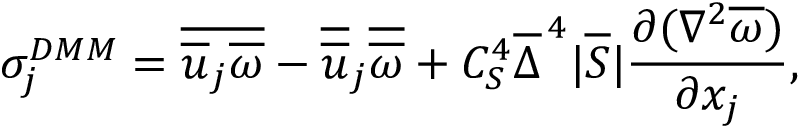
\sigma _ { j } ^ { D M M } = \overline { { \overline { { u } } _ { j } \overline { { \omega } } } } - \overline { { \overline { { u } } } } _ { j } \overline { { \overline { { \omega } } } } + C _ { S } ^ { 4 } \overline { { \Delta } } ^ { \, 4 } | \overline { { S } } | \frac { \partial ( \nabla ^ { 2 } \overline { { \omega } } ) } { \partial x _ { j } } ,